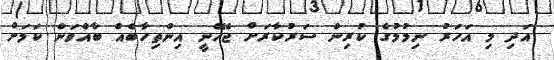
އަދި މި އަހަރު ނިމުމުގެ ކުރިން ސަރުކާރަށް ޖެހޭނީ އިންތިހާބެއް ބާއްވަން ކަމަށް